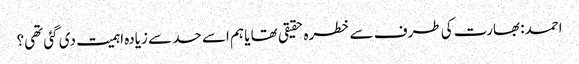
احمد: بھارت کی طرف سے خطرہ حقیقی تھا یا ہم اسے حد سے زیادہ اہمیت دی گئی تھی؟